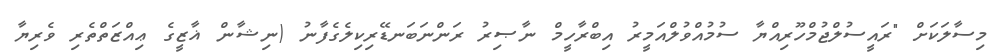
މިސާލަކަށް "ރައީސުލްޖުމްހޫރިއްޔާ ސުމުއްވުލްއަމީރު އިބްރާހީމް ނާޞިރު ރަންނަބަނޑޭރިކިލެގެފާނު (ނިޝާން ޣާޒީގެ ޢިއްޒަތްތެރި ވެރިޔާ